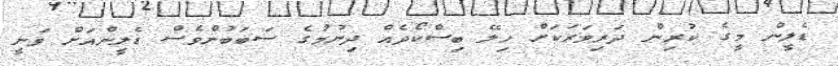
ޑެލީން މީގެ ކުރިން ދަރިވަރަކަށް ހިލޭ ބިސްކޯދެއް ދިނުމުގެ ސަބަބުންވެސް ޑެލީންއަށް ވަނީ